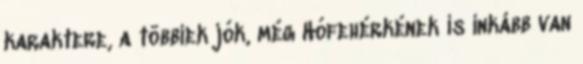
karaktere, a többiek jók, még Hófehérkének is inkább van